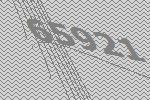
65921